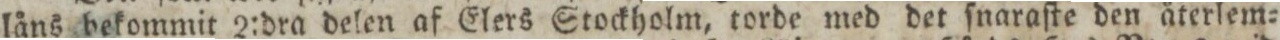
låns bekommit 2:dra delen af Elers Stockholm, torde med det ſnaraſte den återlem=